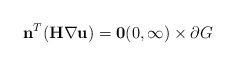
LaTeX: \begin{align*}\mathbf{n}^{T}(\mathbf{H} \nabla \mathbf{u}) = \mathbf{0} (0, \infty) \times \partial G\end{align*}